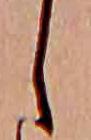
し